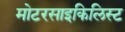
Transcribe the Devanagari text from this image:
मोटरसाइकिलिस्ट